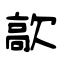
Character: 歊